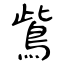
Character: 鴜